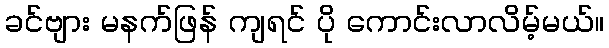
ခင်ဗျား မနက်ဖြန် ကျရင် ပို ကောင်းလာလိမ့်မယ်။